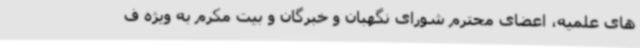
های علمیه، اعضای محترم شورای نگهبان و خبرگان و بیت مکرم به ویژه ف